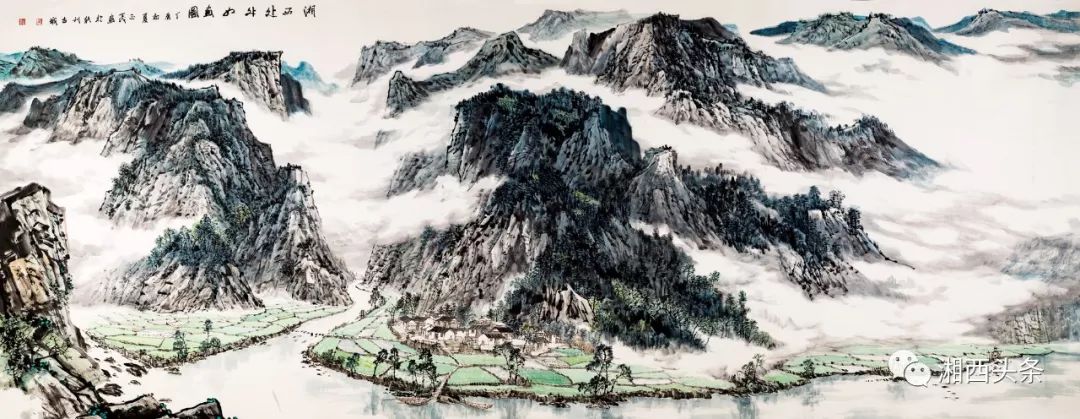
乍听得鸦啼莺弄，惹起新愁无限。